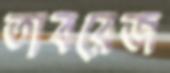
তাবরেজ